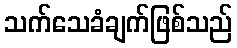
သက်သေခံချက်ဖြစ်သည်